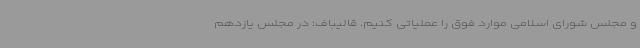
و مجلس شورای اسلامی موارد فوق را عملیاتی کنیم. قالیباف: در مجلس یازدهم